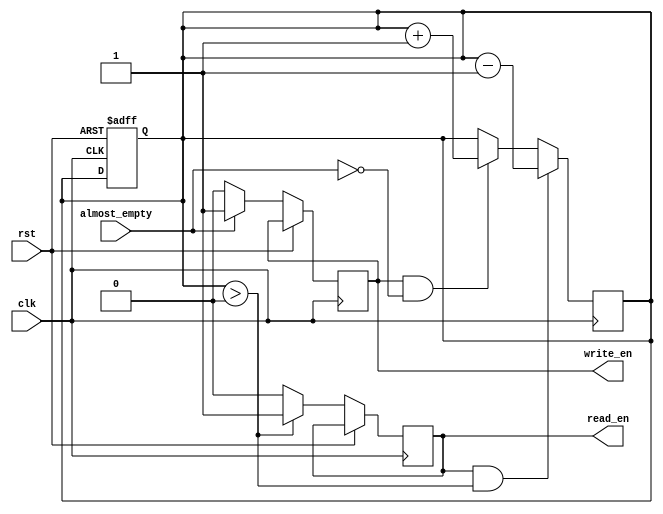
module fifo_controller (
    input wire clk,
    input wire rst,
    input wire almost_empty,
    
    // Control signals
    output reg read_en,
    output reg write_en
);

reg [3:0] fill_level;

initial begin
    fill_level = 0;
    read_en = 0;
    write_en = 0;
end

always @(posedge clk or posedge rst) begin
    if (rst) begin
        fill_level <= 0;
    end else begin
        if (almost_empty) begin
            write_en <= 1;
        end else begin
            write_en <= 0;
        end
        
        if (fill_level > 0) begin
            read_en <= 1;
        end else begin
            read_en <= 0;
        end
    end
end

always @(posedge clk) begin
    if (write_en && ~almost_empty) begin
        fill_level <= fill_level + 1;
    end
    
    if (read_en && (fill_level > 0)) begin
        fill_level <= fill_level - 1;
    end
end

endmodule